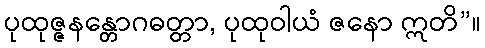
ပုထုဇ္ဇနန္တောဂဓတ္တာ, ပုထုဝါယံ ဇနော ဣတိ”။